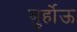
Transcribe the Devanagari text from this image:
बुर्होऊ